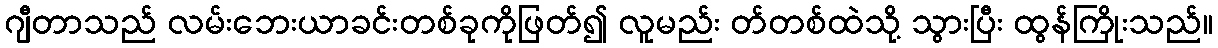
ဂျီတာသည် လမ်းဘေးယာခင်းတစ်ခုကိုဖြတ်၍ လူမည်း တ်တစ်ထဲသို့ သွားပြီး ထွန်ကြိုးသည်။